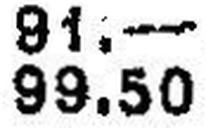
99.50